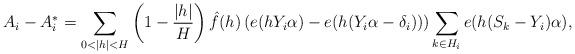
LaTeX: \begin{align*}A_i-A_i^*= \sum_{0<|h|<H} \left( 1-\frac{|h|}{H} \right) \hat{f}(h) \left( e(h Y_i \alpha )-e(h (Y_i \alpha - \delta_i )) \right) \sum_{k \in H_i} e(h (S_k-Y_i) \alpha ) ,\end{align*}